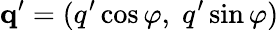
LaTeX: \textbf{q}^{\prime}=(q^{\prime}\cos\varphi,\; q^{\prime}\sin\varphi)